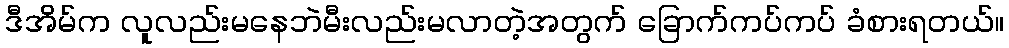
ဒီအိမ်က လူလည်းမနေဘဲမီးလည်းမလာတဲ့အတွက် ခြောက်ကပ်ကပ် ခံစားရတယ်။